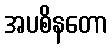
အပစိနတော